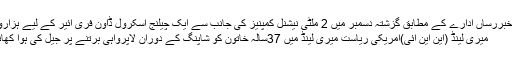
غیرملکی خبررساں ادارے کے مطابق گزشتہ دسمبر میں 2 ملٹی نیشنل کمپنیز کی جانب سے ایک چیلنج اسکرول ڈاون فری ائیر کے لیے ہزاروں امید ...
میری لینڈ (این این آئی)امریکی ریاست میری لینڈ میں 37سالہ خاتون کو شاپنگ کے دوران لاپرواہی برتنے پر جیل کی ہوا کھانی پڑگئی۔